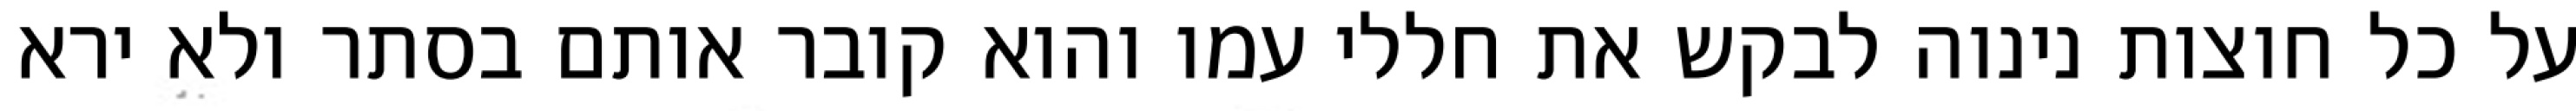
על כל חוצות נינוה לבקש את חללי עמו והוא קובר אותם בסתר ולא ירא